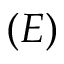
( E )